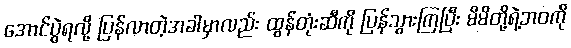
အောင်ပွဲရလို့ ပြန်လာတဲ့အခါမှာလည်း ထွန်တုံးဆီကို ပြန်သွားကြပြီး မိမိတို့ရဲ့ဘဝကို